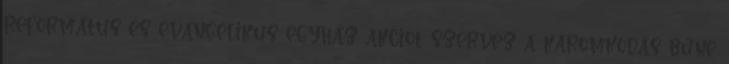
református és evangélikus egyház akciót szervez a káromkodás bűne